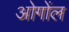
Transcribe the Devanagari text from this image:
ओगोंल